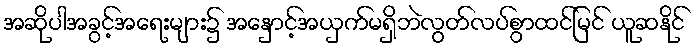
အဆိုပါအခွင့်အရေးများ၌ အနှောင့်အယှက်မရှိဘဲလွတ်လပ်စွာထင်မြင် ယူဆနိုင်